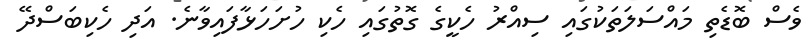
ވެސް ބޮޑެތި މައްސަލަތަކުގައި ސިއްރު ހެކީގެ ގޮތުގައި ހެކި ހުށަހަޅާފައިވާނެ. އަދި ހެކިބަސްދޭ